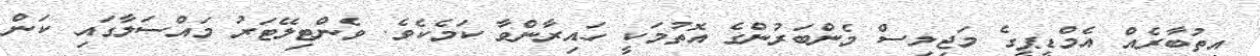
އިތުބާރެއް އެމްޑީޕީގެ މަޖިލިސް މެންބަރުންގެ އޮތުމަކީ ހައިރާންވާ ކަމެކެވެ. ވެންޓިލޭޓަރު މައްސަލާގައި ކަން